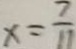
x = \frac { 7 } { 1 1 }